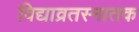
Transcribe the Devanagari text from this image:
विद्याव्रतस्नातक